Indian journal of veterinary science and animal husbandry - Volumes 26-27, 1956-1957
Year: 1956
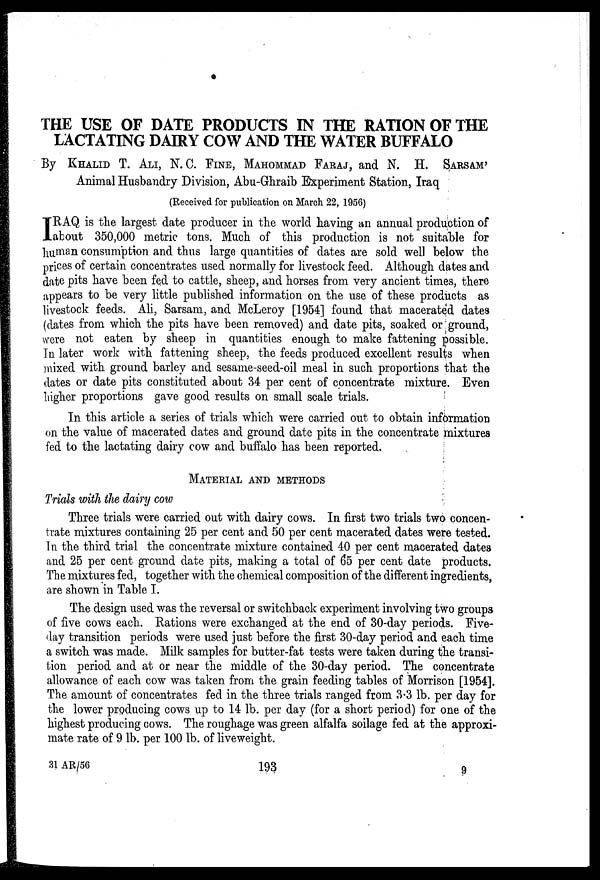
THE USE OF DATE PRODUCTS IN THE RATION OF THE
LACTATING DAIRY COW AND THE WATER BUFFALO
By KHALID T. ALI, N. C. FINE, MAHOMMAD FARAJ, and N. H. SARSAM'
Animal Husbandry Division, Abu-Ghraib Experiment Station, Iraq
(Received for publication on March 22, 1956)
I RAQ is the largest date producer in the world having an annual production of
about 350,000 metric tons. Much of this production is not suitable for
human consumption and thus large quantities of dates are sold well below the
prices of certain concentrates used normally for livestock feed. Although dates and
date pits have been fed to cattle, sheep, and horses from very ancient times, there
appears to be very little published information on the use of these products as
livestock feeds. Ali, Sarsam, and McLeroy [1954] found that macerated dates
(dates from which the pits have been removed) and date pits, soaked or ground,
were not eaten by sheep in quantities enough to make fattening possible.
In later work with fattening sheep, the feeds produced excellent results when
mixed with ground barley and sesame-seed-oil meal in such proportions that the
dates or date pits constituted about 34 per cent of concentrate mixture. Even
higher proportions gave good results on small scale trials.
In this article a series of trials which were carried out to obtain information
on the value of macerated dates and ground date pits in the concentrate mixtures
fed to the lactating dairy cow and buffalo has been reported.
MATERIAL AND METHODS
Trials with the dairy cow
Three trials were carried out with dairy cows. In first two trials two concen-
trate mixtures containing 25 per cent and 50 per cent macerated dates were tested.
In the third trial the concentrate mixture contained 40 per cent macerated dates
and 25 per cent ground date pits, making a total of 65 per cent date products.
The mixtures fed, together with the chemical composition of the different ingredients,
are shown in Table I.
The design used was the reversal or switchback experiment involving two groups
of five cows each. Rations were exchanged at the end of 30-day periods. Five-
day transition periods were used just before the first 30-day period and each time
a switch was made. Milk samples for butter-fat tests were taken during the transi-
tion period and at or near the middle of the 30-day period. The concentrate
allowance of each cow was taken from the grain feeding tables of Morrison [1954].
The amount of concentrates fed in the three trials ranged from 3.3 lb. per day for
the lower producing cows up to 14 lb. per day (for a short period) for one of the
highest producing cows. The roughage was green alfalfa soilage fed at the approxi-
mate rate of 9 lb. per 100 lb. of liveweight.
31 AR/56
193
9